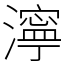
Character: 濘